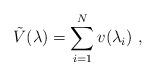
LaTeX: \begin{align*}\tilde{V}(\lambda)=\sum_{i=1}^N v(\lambda_i)~,\end{align*}